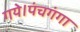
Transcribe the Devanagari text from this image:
गये।पंचगंगा